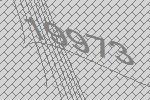
19973